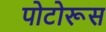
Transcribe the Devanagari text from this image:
पोटोरूस